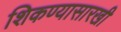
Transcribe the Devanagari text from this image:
शिकण्यासारखी